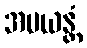
အပယန္တံ